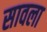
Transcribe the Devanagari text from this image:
सावला